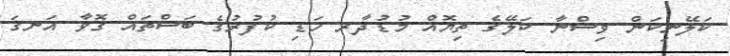
ކަލޭނިކަން ވިސްނާ ކަލޭގެ ތިޔޮއް މުޑުދާރ ހަޑި ކުފުރުގެ ބަސްތައް ގޮވާ އަނގަ